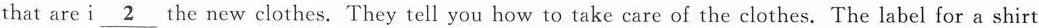
that are i\underline{2} the new clothes. They tell you how to take care of the clothes. The label for a shirt